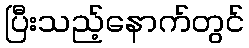
ပြီးသည့်နောက်တွင်